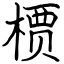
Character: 槚